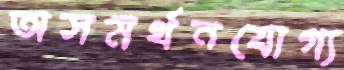
অসমর্থনযোগ্য